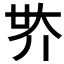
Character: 𡗾